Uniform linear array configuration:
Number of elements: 48
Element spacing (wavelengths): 1
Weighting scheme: uniform
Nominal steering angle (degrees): -60
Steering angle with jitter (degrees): -60.288
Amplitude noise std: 0.05
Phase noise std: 0.05

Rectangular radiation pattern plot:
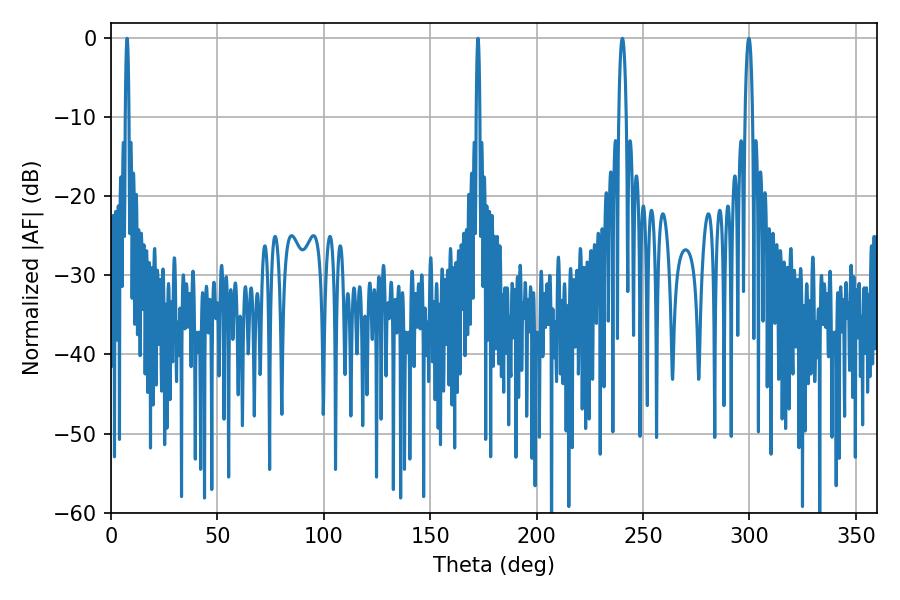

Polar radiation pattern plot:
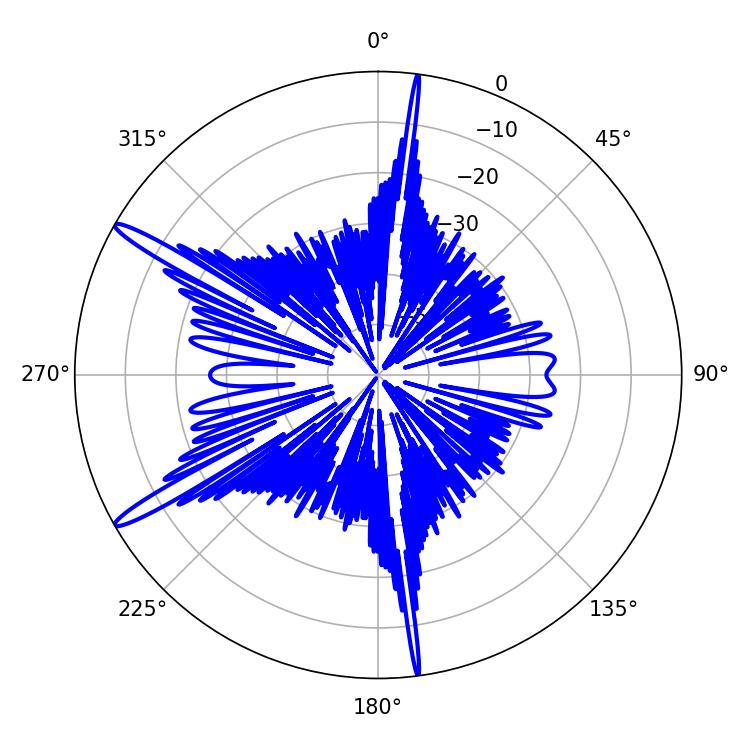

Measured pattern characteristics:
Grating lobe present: TRUE
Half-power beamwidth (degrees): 0.72
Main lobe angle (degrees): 7.56